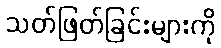
သတ်ဖြတ်ခြင်းများကို